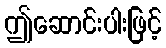
ဤဆောင်းပါးဖြင့်